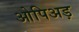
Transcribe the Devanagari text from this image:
ओपिअड़